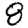
Digit: 8